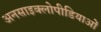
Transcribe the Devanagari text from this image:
अनसाइक्लोपीडियाओं